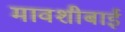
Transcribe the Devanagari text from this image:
मावशीबाई